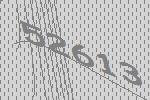
52613